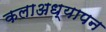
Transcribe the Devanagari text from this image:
कलाअध्यापन